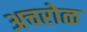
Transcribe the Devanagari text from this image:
अचरोळ